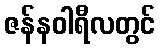
ဇန်နဝါရီလတွင်